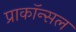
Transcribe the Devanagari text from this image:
प्राकॉन्सल